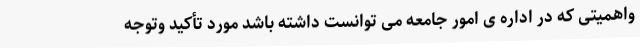
واهمیتی که در اداره ی امور جامعه می توانست داشته باشد مورد تأکید وتوجه